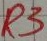
Text: R3